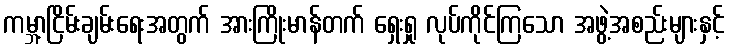
ကမ္ဘာ့ငြိမ်းချမ်းရေးအတွက် အားကြိုးမာန်တက် ရှေးရှု လုပ်ကိုင်ကြသော အဖွဲ့အစည်းများနှင့်